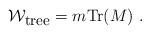
\begin{align*}{\cal W}_{\mbox{\small tree}}=m{\mbox{Tr}} (M)~.\end{align*}